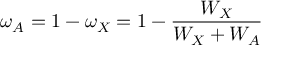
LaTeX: \omega _ { A } = 1 - \omega _ { X } = 1 - { \frac { W _ { X } } { W _ { X } + W _ { A } } }